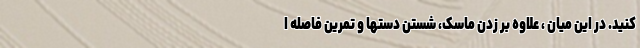
کنید. در این میان ، علاوه بر زدن ماسک، شستن دستها و تمرین فاصله ا